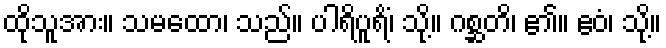
ထိုသူအား။ သမထော၊ သည်။ ပါရိပူရိံ၊ သို့။ ဂစ္ဆတိ၊ ၏။ ဧဝံ၊ သို့။